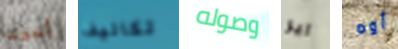
أخبرى تكاليف وصوله اير أوه